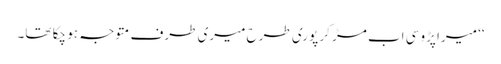
‘‘ میرا پڑوسی اب مڑ کر پوری طرح میری طرف متوجہ ہو چکا تھا۔